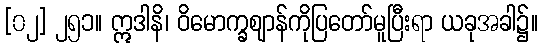
[၀၂] ၂၅၁။ ဣဒါနိ၊ ဝိမောက္ခဈာန်ကိုပြတော်မူပြီးရာ ယခုအခါ၌။